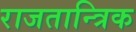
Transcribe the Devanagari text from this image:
राजतान्त्रिक